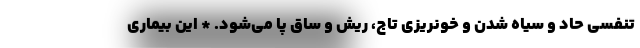
تنفسی حاد و سیاه شدن و خونریزی تاج، ریش و ساق پا می‌شود. * این بیماری